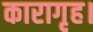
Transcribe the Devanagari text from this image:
कारागृह।